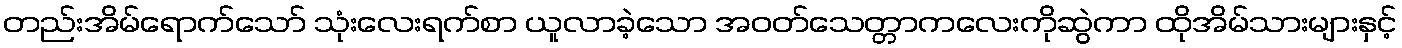
တည်းအိမ်ရောက်သော် သုံးလေးရက်စာ ယူလာခဲ့သော အဝတ်သေတ္တာကလေးကိုဆွဲကာ ထိုအိမ်သားများနှင့်